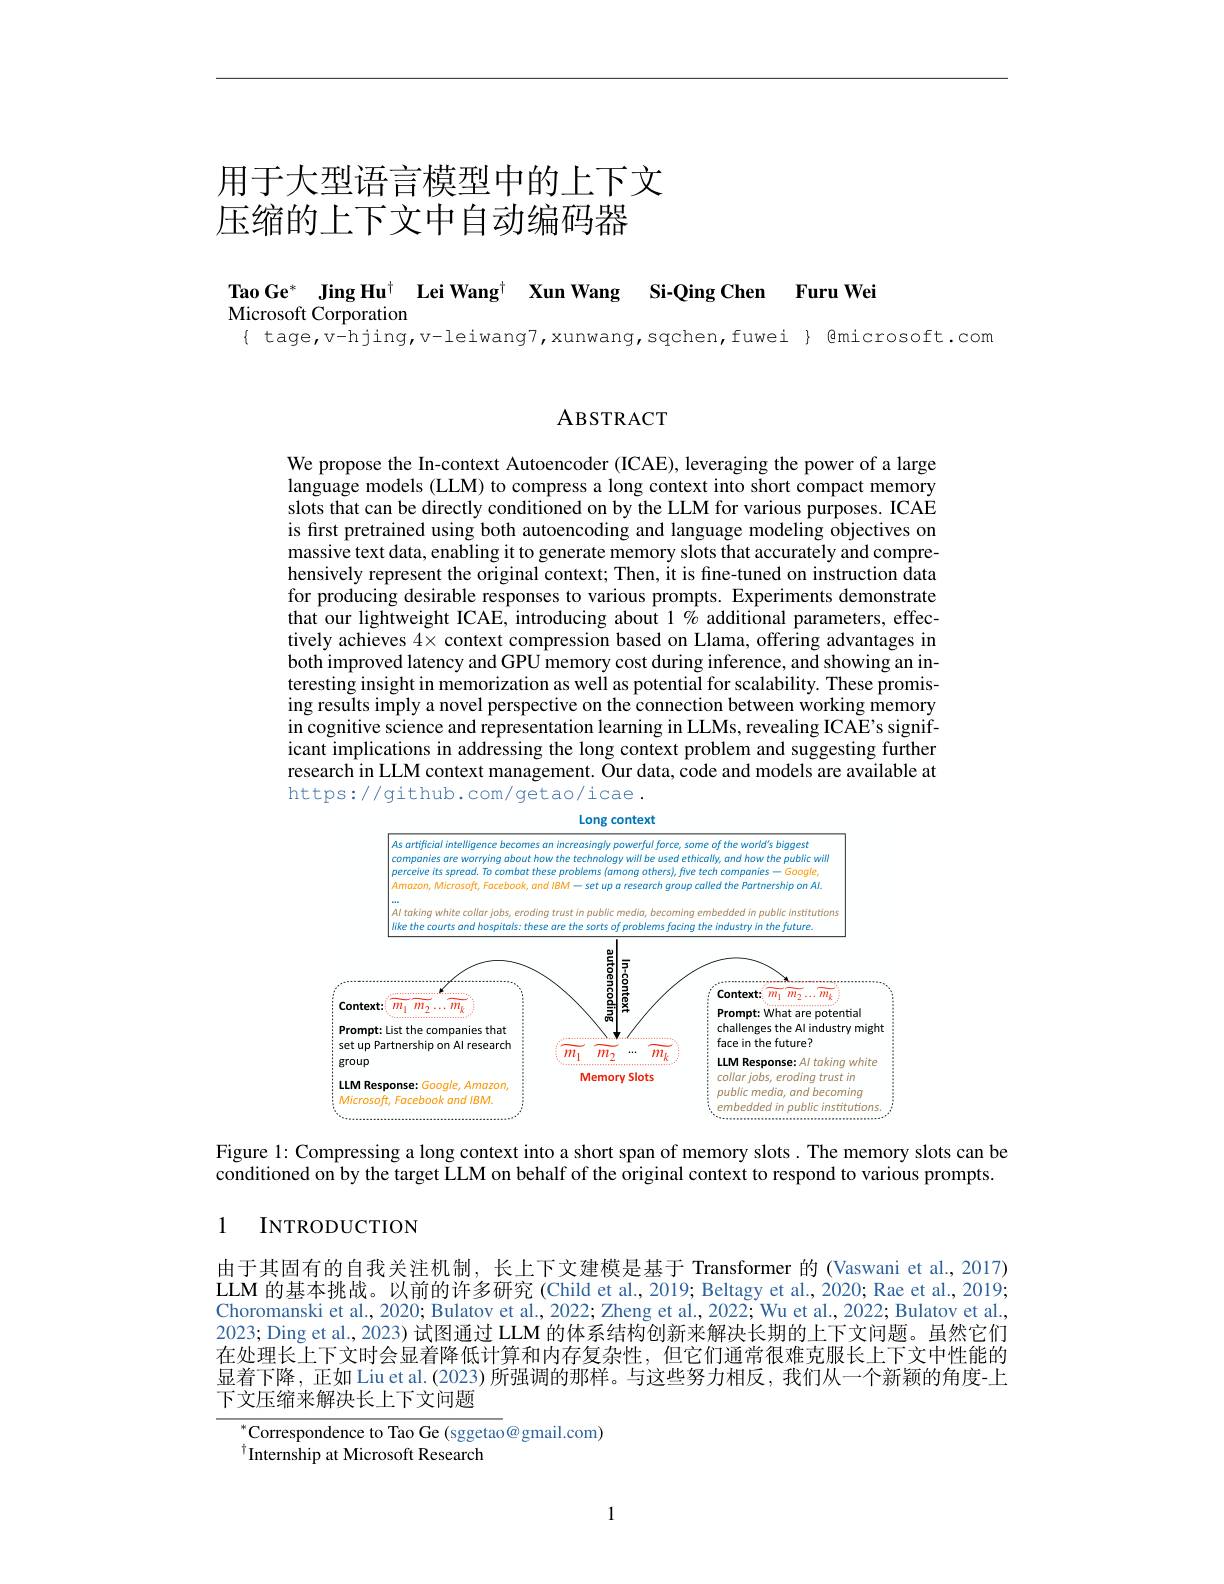
# 用于大型语言模型中的上下文压缩的上下文中自动编码器

Tao Ge* Jing Hu$^{\dagger}$ Lei Wang$^{\dagger}$ Xun Wang Si-Qing Chen Furu Wei

Microsoft Corporation

$\{$ tage,v-hjing,v-leiwang7,xunwang,sqchen,fuwei{ Qmicrosoft.com

ABSTRACT

We propose the In-context Autoencoder (ICAE), leveraging the power of a large language models (LLM) to compress a long context into short compact memory slots that can be directly conditioned on by the LLM for various purposes. ICAE is fırst pretrained using both autoencoding and language modeling objectives on massive text data, enabling it to generate memory slots that accurately and comprehensively represent the original context; Then, it is fine-tuned on instruction data for producing desirable responses to various prompts. Experiments demonstrate that our lightweight ICAE, introducing about 1% additional parameters, effectively achieves $4\times$ context compression based on Llama, offering advantages in both improved latency and GPU memory cost during inference, and showing an interesting insight in memorization as well as potential for scalability. These promising results imply a novel perspective on the connection between working memory in cognitive science and representation learning in LLMs, revealing ICAE's significant implications in addressing the long context problem and suggesting further research in LLM context management. Our data, code and models are available at https://github.com/getao/icae.

<FigureHere>

Figure 1: Compressing a long context into a short span of memory slots. The memory slots can be conditioned on by the target LLM on behalf of the original context to respond to various prompts.

1

INTRODUCTION

由于其固有的自我关注机制，长上下文建模是基于 Transformer 的 (Vaswani et al., 2017) LLM 的基本挑战。以前的许多研究 (Child et al., 2019; Beltagy et al., 2020; Rae et al., 2019; Choromanski et al., 2020; Bulatov et al., 2022; Zheng et al., 2022; Wu et al., 2022; Bulatov et al., 2023; Ding et al., 2023) 试图通过 LLM 的体系结构创新来解决长期的上下文问题。虽然它们在处理长上下文时会显着降低计算和内存复杂性，但它们通常很难克服长上下文中性能的显着下降，正如 Liu et al.(2023) 所强调的那样。与这些努力相反，我们从一个新颖的角度-上下文压缩来解决长上下文问题
$^{*}$Correspondence to Tao Ge (sggetao@ gmail.com)

$^{\dagger}$Internship at Microsoft Research